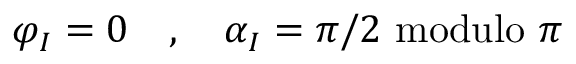
\varphi _ { I } = 0 \quad , \quad \alpha _ { I } = \pi / 2 \, \, \mathrm { m o d u l o } \, \, \pi